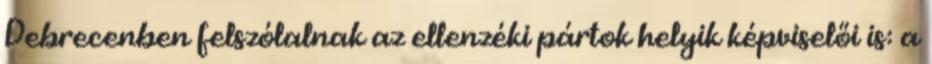
Debrecenben felszólalnak az ellenzéki pártok helyik képviselői is: a